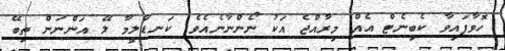
ހޮވާފައިވާ ކެބިނެޓް އެއް މިރާއްޖެ އަކު ނޯންނާނެއެވެ. ކަނޑާލީމާ ލޭ އަންނަން ތިބޭ